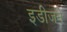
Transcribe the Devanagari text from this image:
इडीजने